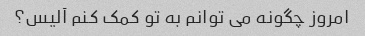
امروز چگونه می توانم به تو کمک کنم آلیس؟